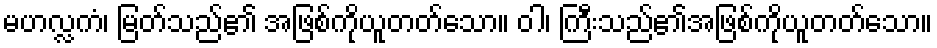
မဟလ္လကံ၊ မြတ်သည်၏ အဖြစ်ကိုယူတတ်သော။ ဝါ၊ ကြီးသည်၏အဖြစ်ကိုယူတတ်သော။